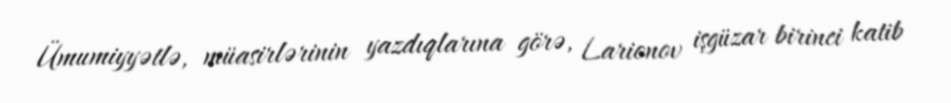
Ümumiyyətlə, müasirlərinin yazdıqlarına görə, Larionov işgüzar birinci katib